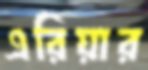
এরিয়ার